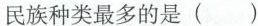
民族种类最多的是( )